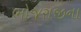
ભોજરાજીના